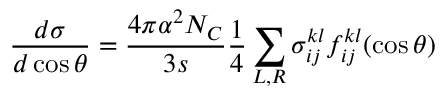
\frac { d \sigma } { d \cos \theta } = \frac { 4 \pi \alpha ^ { 2 } N _ { \cal C } } { 3 s } \frac { 1 } { 4 } \sum _ { L , R } \sigma _ { i j } ^ { k l } f _ { i j } ^ { k l } ( \cos \theta )